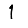
Digit: 1